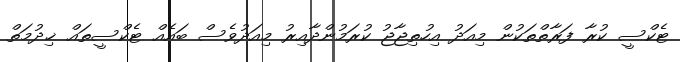
ޓެކްސީ ކުރާ ފަރާތްތަކުން މިއަދު އިހުތިޖާޖު ކުރަމުންދާއިރު މިއަދުވެސް ބައެއް ޓެކްސީތައް ޚިދުމަތް